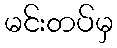
မင်းတပ်မှ